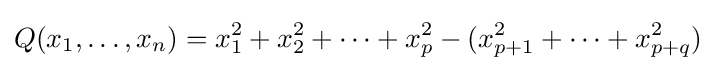
Q(x_{1},\ldots ,x_{n})=x_{1}^{2}+x_{2}^{2}+\cdots +x_{p}^{2}-(x_{p+1}^{2}+\cdots +x_{p+q}^{2})